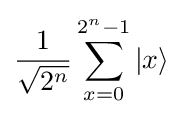
{\frac {1}{\sqrt {2^{n}}}}\sum _{x=0}^{2^{n}-1}|x\rangle